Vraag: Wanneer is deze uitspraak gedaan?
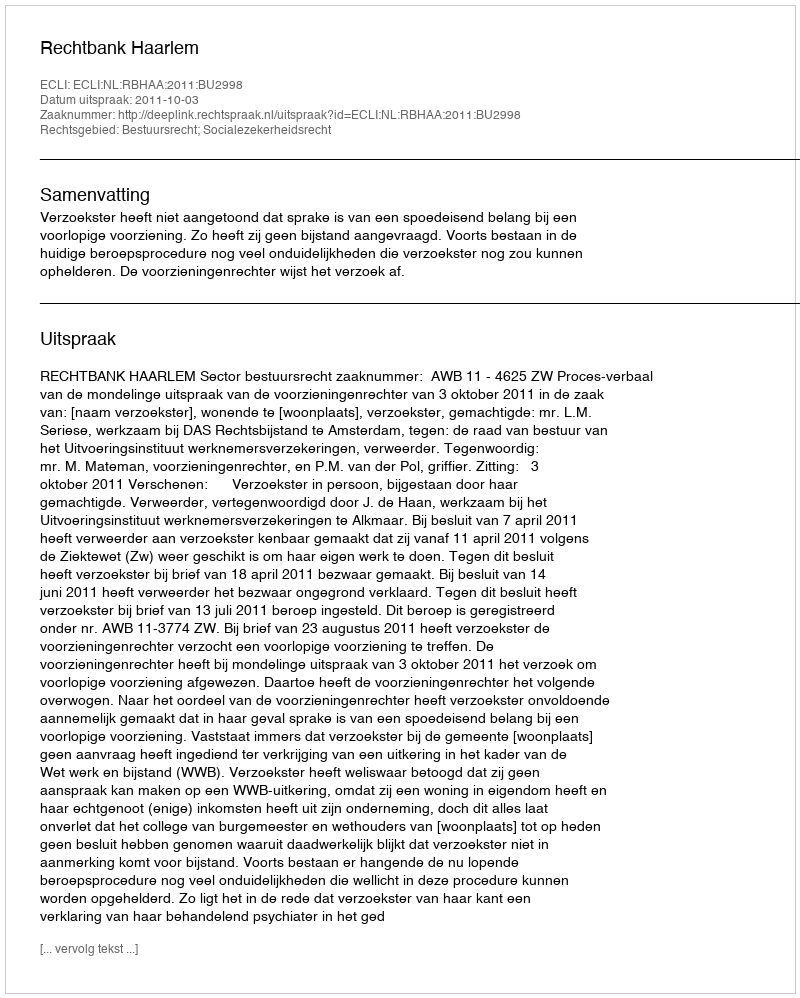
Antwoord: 2011-10-03